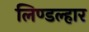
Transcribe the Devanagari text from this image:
लिण्डल्हार